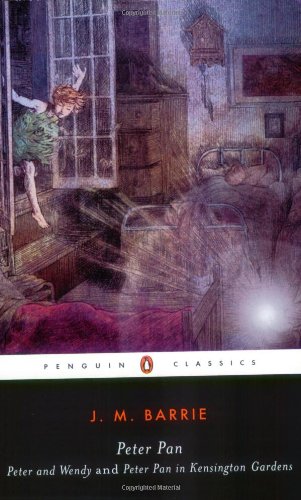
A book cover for Peter Pan: Peter and Wendy and Peter Pan in Kensington Gardens; J. M. Barrie; Teen & Young Adult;